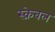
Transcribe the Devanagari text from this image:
स्क्रेबल